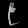
Digit: ၉